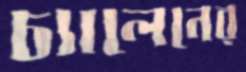
চ্যালেনের